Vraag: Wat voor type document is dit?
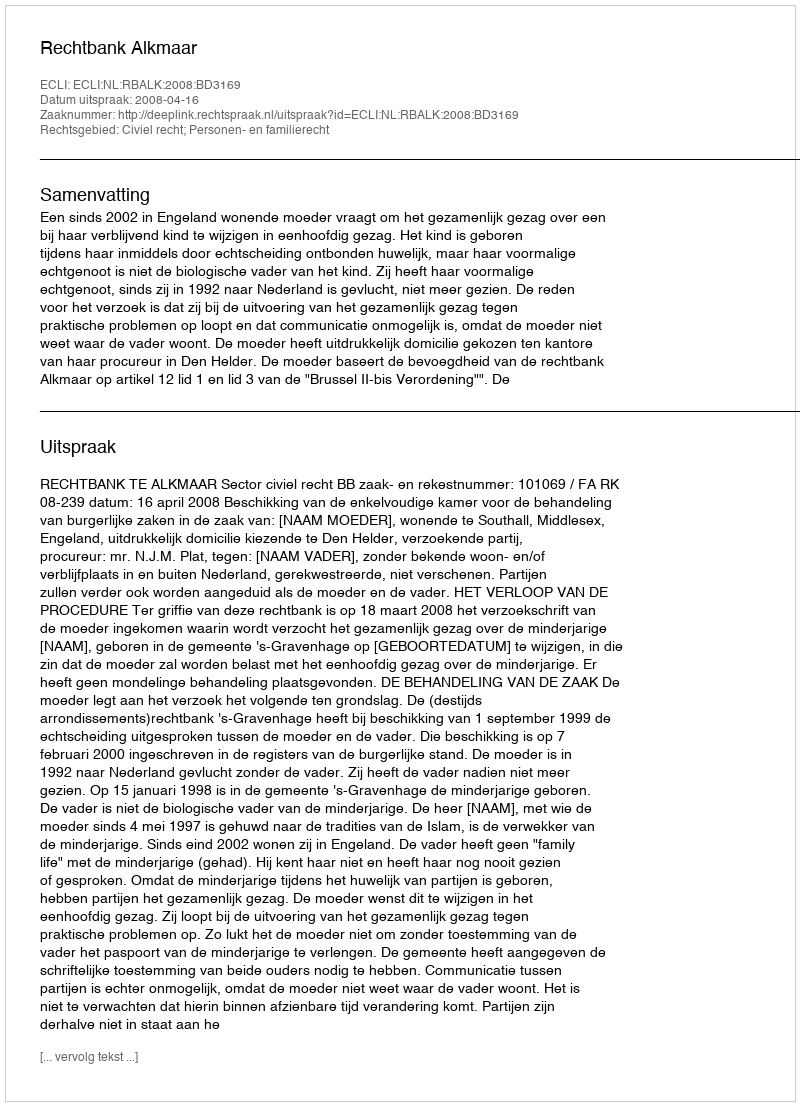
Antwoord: Uitspraak